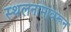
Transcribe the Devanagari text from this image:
स्थलनामावरून